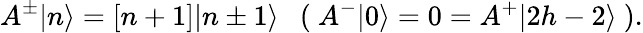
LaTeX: A^{\pm}\vert n\rangle=[n+1]\vert n\pm 1\rangle\ \ \ (\ A^{-}\vert 0\rangle=0=A^{+}\vert 2h-2\rangle\ ).